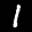
Label: 1